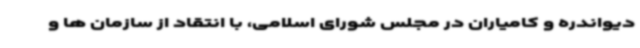
دیواندره و کامیاران در مجلس شورای اسلامی، با انتقاد از سازمان ها و